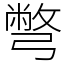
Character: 彆